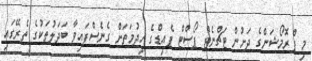
މި ޕްރޮމޯޝަންގެ ދަށުން ޓަޗްނެޓް ޕޯސްޓް ޕެއިޑްގެ ހިދުމަތަށް ގެނެސްފައިވާ ބަދަލުތަކުގެ ތެރޭގައި